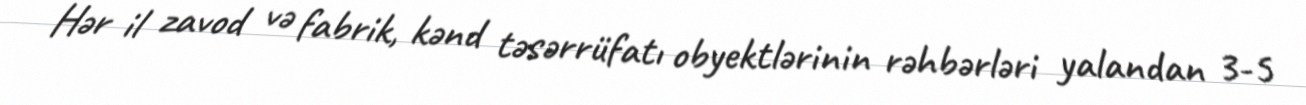
Hər il zavod və fabrik, kənd təsərrüfatı obyektlərinin rəhbərləri yalandan 3-5